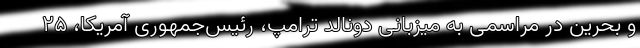
و بحرین در مراسمی به میزبانی دونالد ترامپ، رئیس‌جمهوری آمریکا، ۲۵